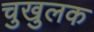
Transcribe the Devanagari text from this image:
चुखुलक